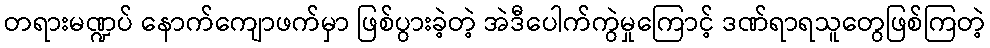
တရားမဏ္ဍပ် နောက်ကျောဖက်မှာ ဖြစ်ပွားခဲ့တဲ့ အဲဒီပေါက်ကွဲမှုကြောင့် ဒဏ်ရာရသူတွေဖြစ်ကြတဲ့